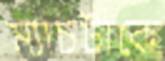
ম্যাচটাকে